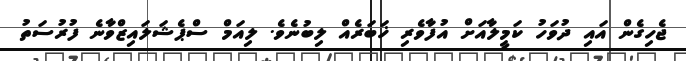
ޖެހިގެން އައި ދުވަހު ކަމީލާއަށް އުފާވެރި ޚަބަރެއް ލިބުނެވެ. ލިއަމް ސްޕެޝަލައިޒްވާނެ ފުރުސަތު